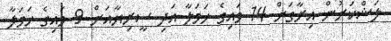
ލަޝްކަރުން އިރާގަށް 14 ވައިގެ ހަމަލާ އަދި ސީރިޔާއަށް 9 ވައިގެ ހަމަލާ